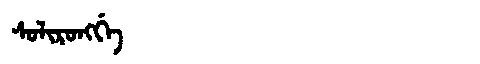
Manchu: ᠰᠣᠯᡳᡵᠣᠩᡤᡝ
Romanization: SOLIRONGGE